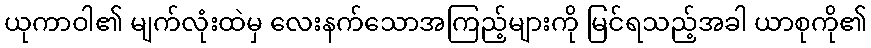
ယုကာဝါ၏ မျက်လုံးထဲမှ လေးနက်သောအကြည့်များကို မြင်ရသည့်အခါ ယာစုကို၏